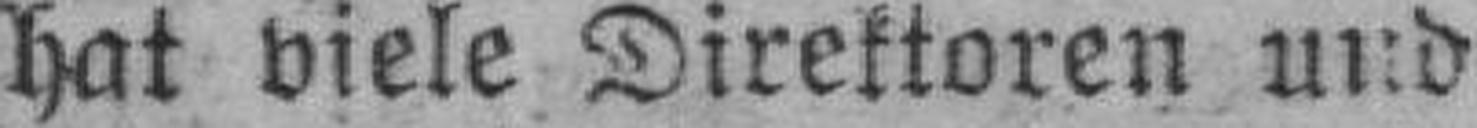
hat viele Direktoren und